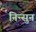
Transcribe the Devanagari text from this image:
निन्सुन